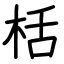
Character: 栝